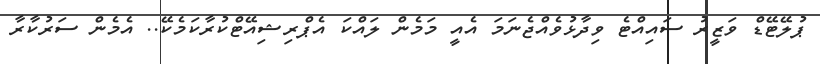
ޕުލޭޓޭޑް ވަޒީރު ސައިއްޓެ ވިދާޅުވެއްޖެނަމަ އެއީ މަމެން ލައްކަ އެޕްރިޝިއޭޓްކުރާކަމެކޭ.. އެމެން ސަރުކާރާ